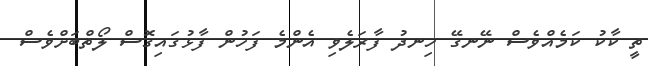
ތީ ކާކު ކަމެއްވެސް ނޭނގޭ ހިނދު ފާރަލެވި އެންމެ ފަހުން ފާޅުގައިގޮސް ލޯތްބަށްވެސް